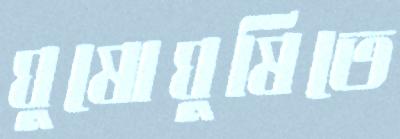
ঘুষোঘুষিতে